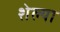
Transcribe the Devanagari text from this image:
शेल्या